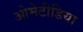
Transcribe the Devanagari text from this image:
ओमेटीडिया